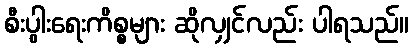
စီးပွါးရေးကိစ္စများ ဆိုလျှင်လည်း ပါရသည်။